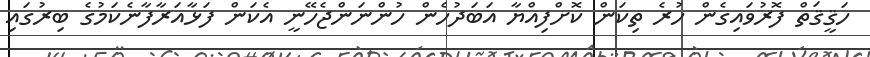
ހަޤީޤަތް ފޮރުވައިގެން ހުރެ ތިކަން ކޮށްފިއްޔާ އަބަދުހެން ހުންނަންޖެހޭނީ އެކަން ފަޅާއަރާފާނެކަމުގެ ބިރުގައި